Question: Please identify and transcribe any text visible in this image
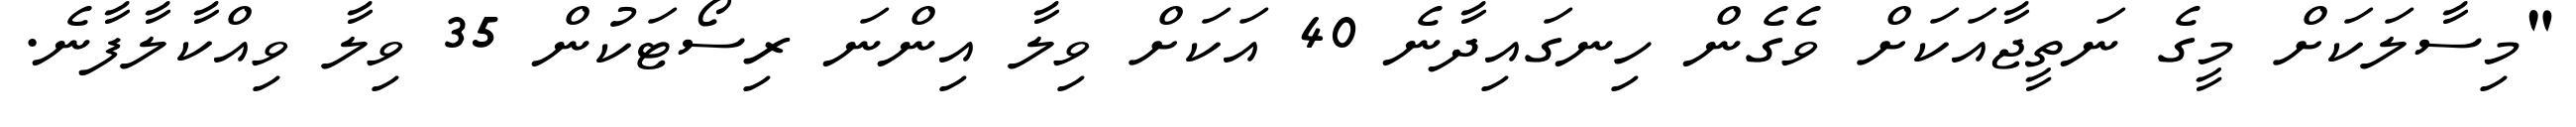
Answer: "މިސާލަކަށް މީގެ ނަތީޖާއަކަށް ވެގެން ހިނގައިދާނެ 40 އަކަށް ވިލާ އިންނަ ރިސޯޓަކުން 35 ވިލާ ވިއްކާލާފާނެ.